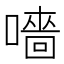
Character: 𡀁